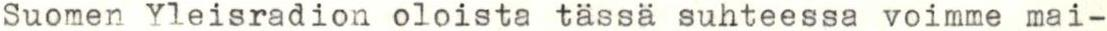
Suomen Yleisradion oloista tässä suhteessa voimme mai-